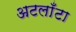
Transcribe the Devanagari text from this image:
अटलाँटा